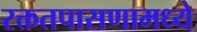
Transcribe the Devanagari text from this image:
रक्ततपासणामध्ये